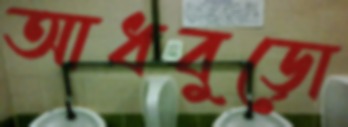
আধবুড়ো